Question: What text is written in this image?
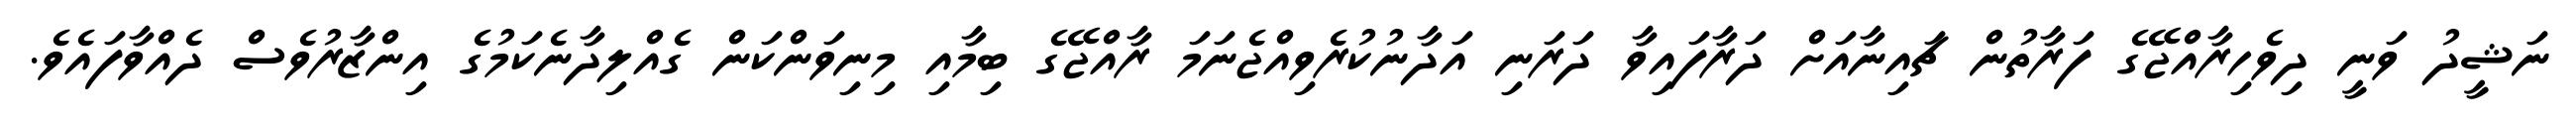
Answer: ނަޝީދު ވަނީ ދިވެހިރާއްޖޭގެ ފަރާތުން ޗައިނާއަށް ދަރާފައިވާ ދަރަނި އަދާނުކުރެވިއްޖެނަމަ ރާއްޖޭގެ ބިމާއި މިނިވަންކަން ގެއްލިދާނެކަމުގެ އިންޒާރުވެސް ދެއްވާފައެވެ.